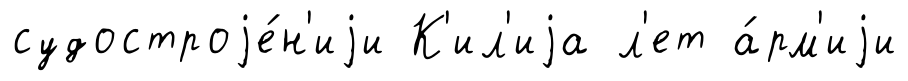
судостроjе́н'иjи К'ил'иjа л'ет а́рм'иjи